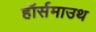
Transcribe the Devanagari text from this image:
हॉर्समाउथ